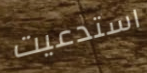
استدعيت